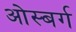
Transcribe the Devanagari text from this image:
ओस्बर्ग